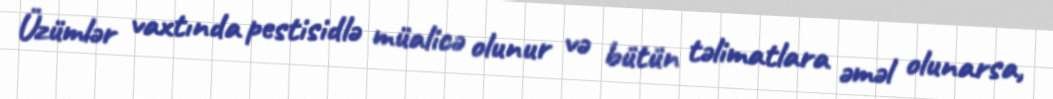
Üzümlər vaxtında pestisidlə müalicə olunur və bütün təlimatlara əməl olunarsa,